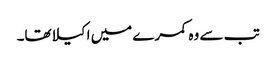
تب سے وہ کمرے میں اکیلاتھا۔